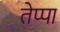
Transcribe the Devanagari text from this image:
तेप्पा